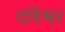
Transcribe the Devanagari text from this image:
दांडेश्वर